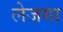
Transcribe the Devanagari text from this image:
लेजगा